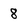
Character: 8